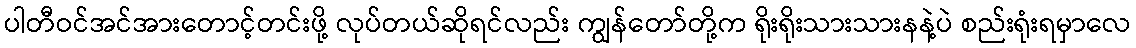
ပါတီဝင်အင်အားတောင့်တင်းဖို့ လုပ်တယ်ဆိုရင်လည်း ကျွန်တော်တို့က ရိုးရိုးသားသားနနဲ့ပဲ စည်းရုံးရမှာလေ